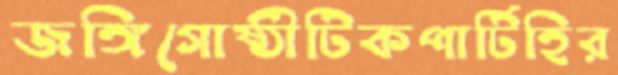
জঙ্গিগোষ্ঠীটিকপার্টিহির